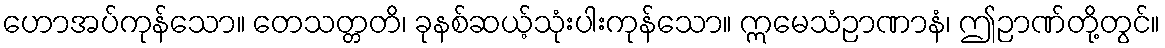
ဟောအပ်ကုန်သော။ တေသတ္တတိ၊ ခုနစ်ဆယ့်သုံးပါးကုန်သော။ ဣမေသံဉာဏာနံ၊ ဤဉာဏ်တို့တွင်။